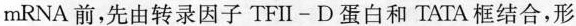
mRNA前，先由转录因子TFII-D蛋白和TATA框结合，形